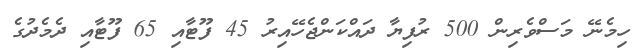
ހިމެނޭ މަސްވެރިން 500 ރުފިޔާ ދައްކަންޖެހޭއިރު 45 ފޫޓާއި 65 ފޫޓާއި ދެމެދުގެ